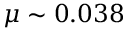
\mu \sim 0 . 0 3 8